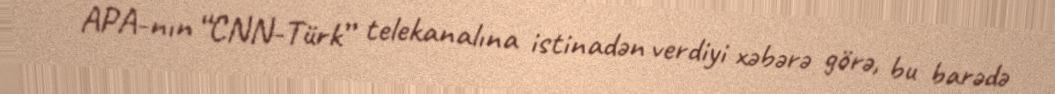
APA-nın “CNN-Türk” telekanalına istinadən verdiyi xəbərə görə, bu barədə